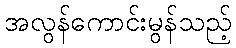
အလွန်ကောင်းမွန်သည့်